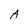
Character: A